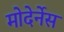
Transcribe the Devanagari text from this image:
मोदेर्नेस